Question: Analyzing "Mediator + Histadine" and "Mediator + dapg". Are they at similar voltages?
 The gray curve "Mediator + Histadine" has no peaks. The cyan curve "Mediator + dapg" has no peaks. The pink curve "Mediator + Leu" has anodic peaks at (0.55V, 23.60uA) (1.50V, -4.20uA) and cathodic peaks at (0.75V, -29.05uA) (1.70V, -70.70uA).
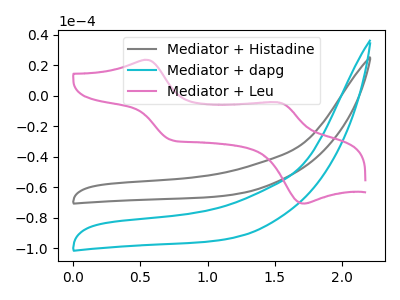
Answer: <think>Neither "Mediator + Histadine" or "Mediator + dapg" have any peaks.
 </think>
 <answer>"Mediator + Histadine" and "Mediator + dapg" are similar in shape.</answer>
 <eval>same_shape</eval>